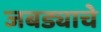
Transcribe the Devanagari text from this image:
जबड्याचे